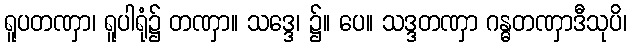
ရူပတဏှာ၊ ရူပါရုံ၌ တဏှာ။ သဒ္ဒေ၊ ၌။ ပေ။ သဒ္ဒတဏှာ ဂန္ဓတဏှာဒီသုပိ၊